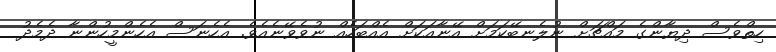
ހިތްވެސް ދިޔާންގެ މައްޗަށް ނުލެނބޭކަމަށް އޭނާއަކަށް އެއްބަހެއް ނުވެވޭނެއެވެ. އެހެނަސް އެހެންމީހުންނާ ދެމެދު